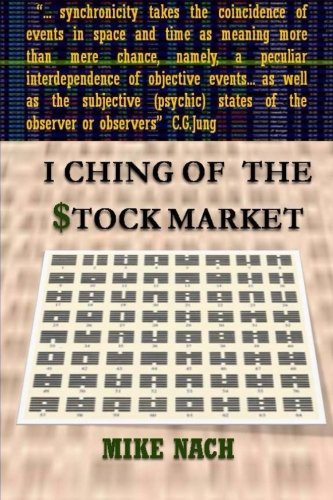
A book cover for I Ching of the Stock Market; Mike Nach; Business & Money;